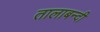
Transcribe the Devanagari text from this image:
तालाबन्दी